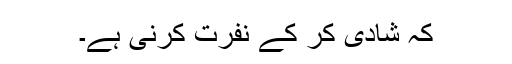
کہ شادی کر کے نفرت کرنی ہے۔